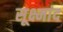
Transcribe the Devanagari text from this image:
सूक्ष्मांद